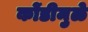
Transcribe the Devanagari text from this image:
कोंडीमुळे